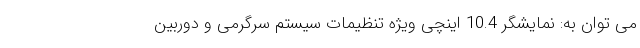
می توان به: نمایشگر 10.4 اینچی ویژه تنظیمات سیستم سرگرمی و دوربین